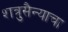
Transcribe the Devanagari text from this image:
शत्रुसैन्याचा